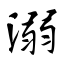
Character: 溺